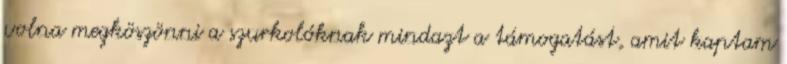
volna megköszönni a szurkolóknak mindazt a támogatást, amit kaptam